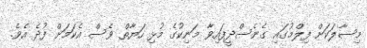
މިސާލަކަށް ފިލްމުގައި ގެނެސްދީފައިވާ މަނިކުގެ މުޅި ހަޔާތް ވެސް އެކަމަށް ފުދެ އެވެ.